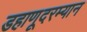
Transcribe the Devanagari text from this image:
डहाणूदरम्यान